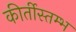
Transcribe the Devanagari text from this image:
कीर्तीस्तम्भ